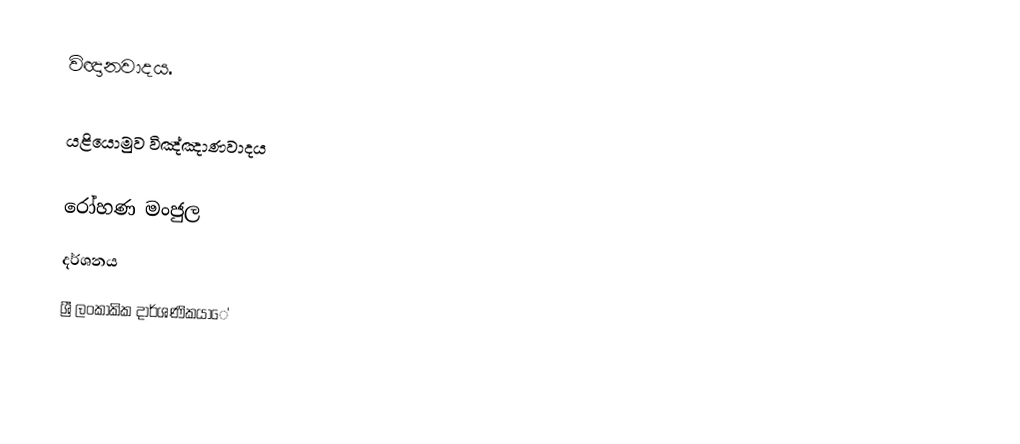
විඥානවාදය.

යළියොමුව විඤ්ඤාණවාදය

රෝහණ මංජුල
දර්ශනය
ශ්‍රී ලංකාකික දාර්ශණිකයාේ